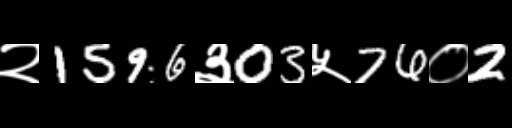
Text: २1596३03५76०2